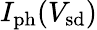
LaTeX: I_{\mathrm{ph}}(V_{\mathrm{sd}})